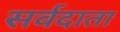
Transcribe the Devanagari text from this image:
सर्वदाता